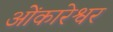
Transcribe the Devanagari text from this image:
ओेंकारेश्वर